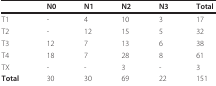
<table><thead><tr><td>[EMPTY_CELL]</td><td><b>N0</b></td><td><b>N1</b></td><td><b>N2</b></td><td><b>N3</b></td><td><b>Total</b></td></tr></thead><tbody><tr><td>T1</td><td>-</td><td>4</td><td>10</td><td>3</td><td>17</td></tr><tr><td>T2</td><td>-</td><td>12</td><td>15</td><td>5</td><td>32</td></tr><tr><td>T3</td><td>12</td><td>7</td><td>13</td><td>6</td><td>38</td></tr><tr><td>T4</td><td>18</td><td>7</td><td>28</td><td>8</td><td>61</td></tr><tr><td>TX</td><td>-</td><td>-</td><td>3</td><td>-</td><td>3</td></tr><tr><td><b>Total</b></td><td>30</td><td>30</td><td>69</td><td>22</td><td>151</td></tr></tbody></table>